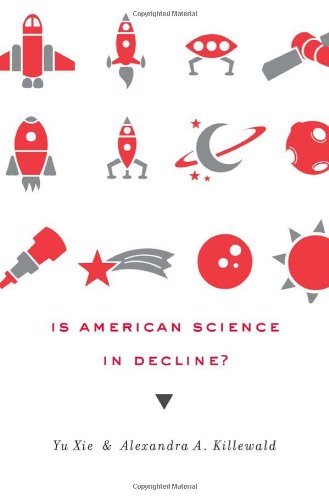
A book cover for Is American Science in Decline?; Yu Xie; Business & Money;